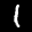
Label: 1